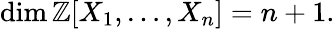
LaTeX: \dim\mathbb{Z}[X_{1},\ldots,X_{n}]=n+1.